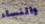
والنساء